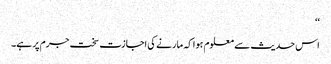
‘‘
اس حدیث سے معلوم ہوا کہ مارنے کی اجازت سخت جرم پر ہے۔